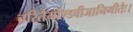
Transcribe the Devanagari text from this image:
चरितैर्माण्डवीजानिगीतैः।